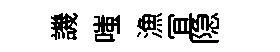
譏嗤漁冝隐